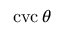
\operatorname { c v c } \theta